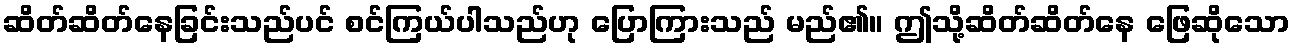
ဆိတ်ဆိတ်နေခြင်းသည်ပင် စင်ကြယ်ပါသည်ဟု ပြောကြားသည် မည်၏။ ဤသို့ဆိတ်ဆိတ်နေ ဖြေဆိုသော